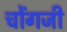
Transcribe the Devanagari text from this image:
चोंगजी